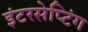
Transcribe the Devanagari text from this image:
इंटरसेप्टिंग